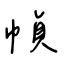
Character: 幀